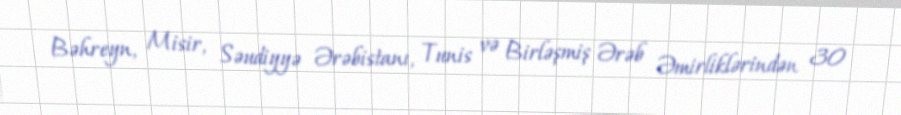
Bəhreyn, Misir, Səudiyyə Ərəbistanı, Tunis və Birləşmiş Ərəb Əmirliklərindən 30